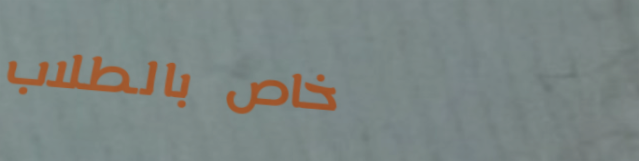
خاص بالطلاب